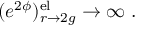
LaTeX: ( e ^ { 2 \phi } ) _ { r \rightarrow 2 g } ^ { \mathrm { e l } } \rightarrow \infty \ .